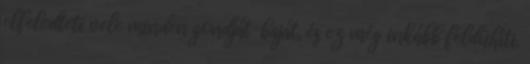
elfeledteti vele minden gondját-baját, és ez még inkább feldühíti.